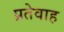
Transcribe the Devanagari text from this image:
प्रतेवाह